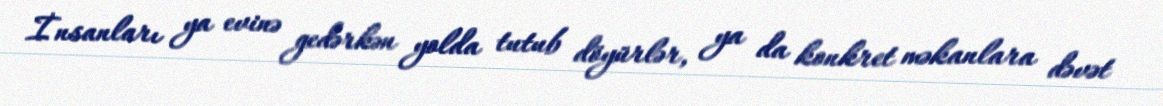
İnsanları ya evinə gedərkən yolda tutub döyürlər, ya da konkret məkanlara dəvət